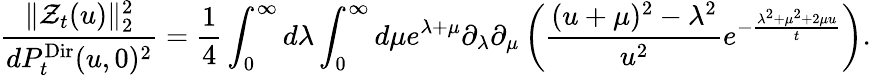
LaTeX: \frac{\Vert\mathcal Z_{t}(u)\Vert_{2}^{2}}{dP_{t}^{\mathrm{Dir}}(u,0)^{2}}=\frac{1}{4}\int_{0}^{\infty}d\lambda\int_{0}^{\infty}d\mu e^{\lambda+\mu}\partial_{\lambda}\partial_{\mu}\left(\frac{(u+\mu)^{2}-\lambda^{2}}{u^{2}}e^{-\frac{\lambda^{2}+\mu^{2}+2\mu u}{t}}\right).